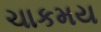
ચાકમય